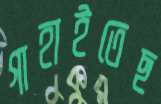
গাহাইতেছ